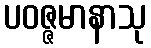
ပဝဇ္ဇမာနာသု